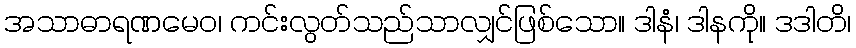
အသာဓာရဏမေဝ၊ ကင်းလွတ်သည်သာလျှင်ဖြစ်သော။ ဒါနံ၊ ဒါနကို။ ဒဒါတိ၊